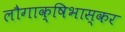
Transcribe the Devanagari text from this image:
लौगाक्षिभास्कर